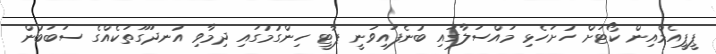
ޕީޕީއެމްއިން ކޯޓަށް ހުށަހެޅި މައްސަލާގައި ބުނެފައިވަނީ ޕާޓީ ހިންގުމުގައި ދިމާވި އުނދަގޫތަކެއްގެ ސަބަބުން